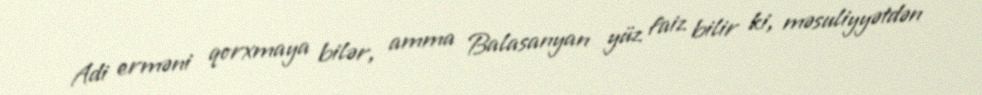
Adi erməni qorxmaya bilər, amma Balasanyan yüz faiz bilir ki, məsuliyyətdən